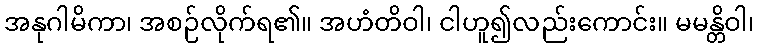
အနုဂါမိကာ၊ အစဉ်လိုက်ရ၏။ အဟံတိဝါ၊ ငါဟူ၍လည်းကောင်း။ မမန္တိဝါ၊